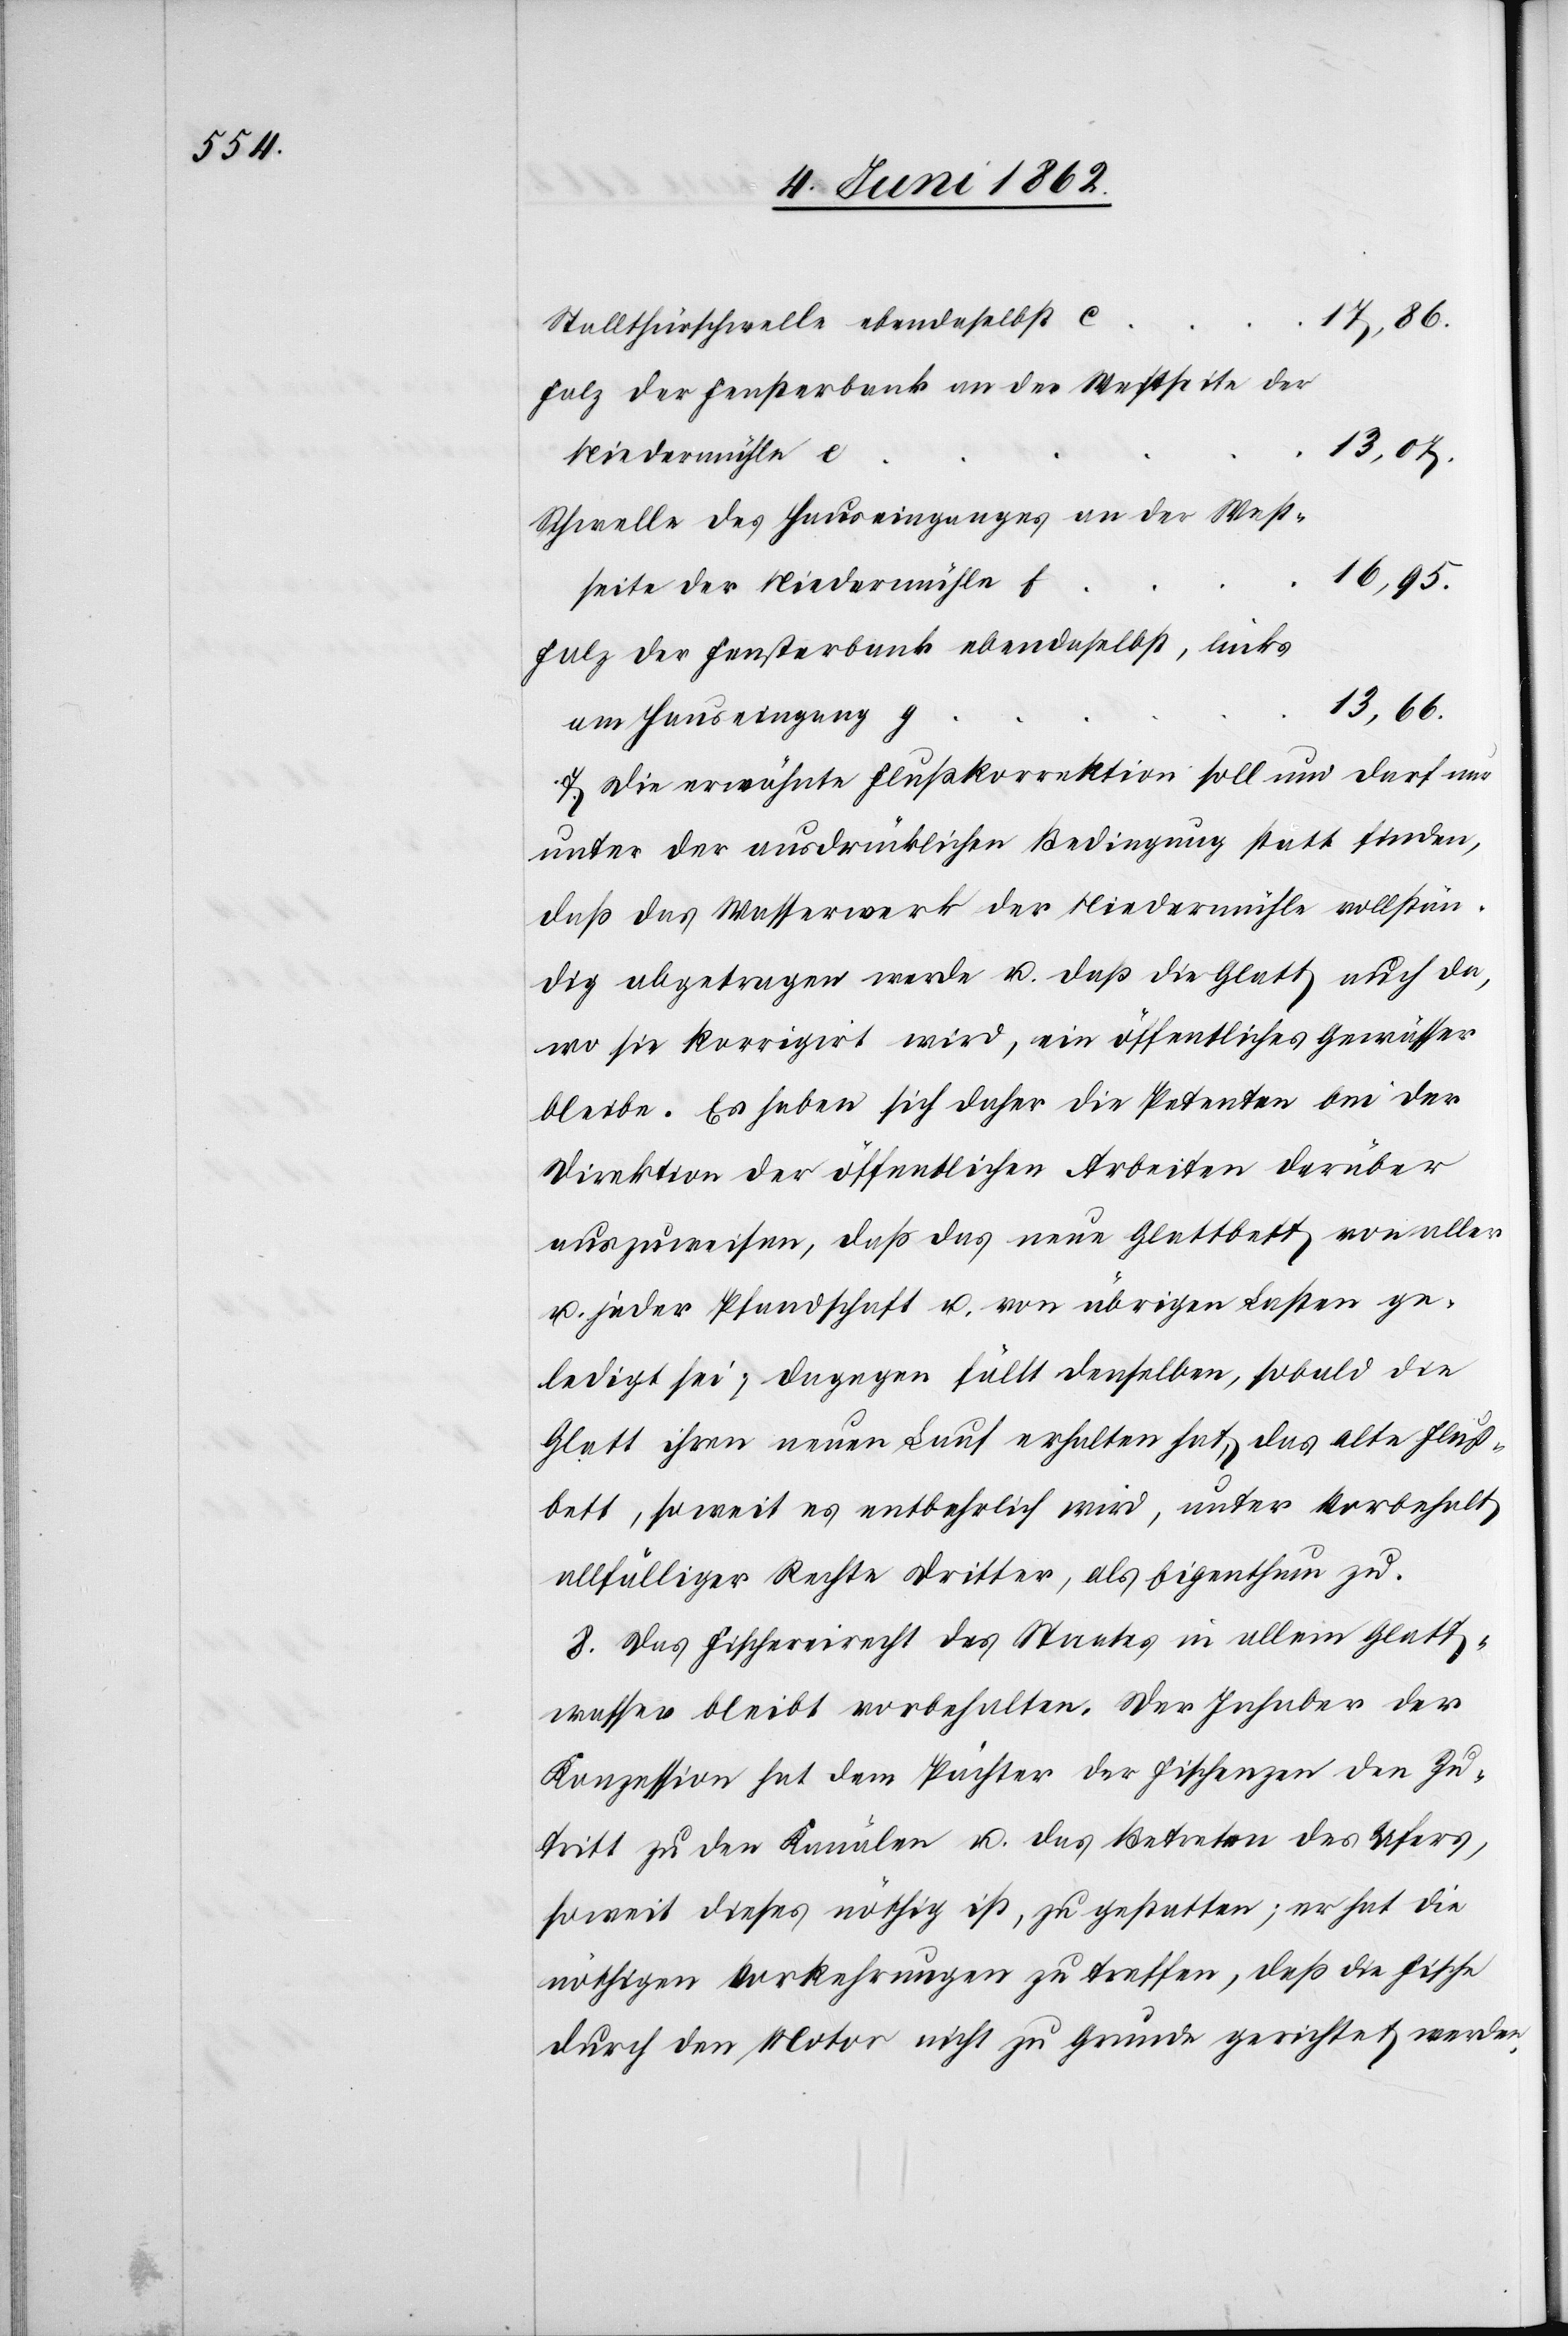
17,86.
Stallthürschwelle ebendaselbst c
Falz der Fensterbank an der Westseite der
13,07.
Niedermühle e
Schwelle des Hauseinganges an der West¬
16,95.
seite der Niedermühle f
Falz der Fensterbank ebendaselbst, links
13,66.
am Hauseingang g
7. Die erwähnte Flußkorrektion soll und darf nun
unter der ausdrücklichen Bedingung statt finden,
daß das Wasserwerk der Niedermühle vollstän¬
dig abgetragen werde u. daß die Glatt auch da,
wo sie korrigirt wird, ein öffentliches Gewässer
bleibe. Es heben sich daher die Petenten bei der
Direktion der öffentlichen Arbeiten darüber
auszuweisen, daß das neue Glattbett von aller
u. jeder Pfandschaft u. von übrigen Lasten ge¬
ledigt sei; dagegen fällt denselben, sobald die
Glatt ihren neuen Lauf erhalten hat, das alte Fluß¬
bett, soweit es entbehrlich wird, unter Vorbehalt
allfälliger Rechte dritter, als Eigenthum zu.
8. Das Fischereirecht des Staates in allem Glatt¬
wasser bleibt vorbehalten. Der Inhaber der
Konzession hat dem Pächter der Fischenzen den Zu¬
tritt zu den Kanälen u. das Betreten des Ufers,
soweit diess nöthig ist, zu gestatten; er hat die
nöthigen Vorkehrungen zu treffen, daß die Fische
durch den Motor nicht zu Grunde gerichtet werden.